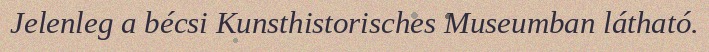
Jelenleg a bécsi Kunsthistorisches Museumban látható.